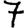
Digit: 7